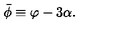
\bar { \phi } \equiv \varphi - 3 \alpha .